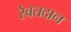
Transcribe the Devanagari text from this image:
रेवतदान